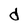
Character: d